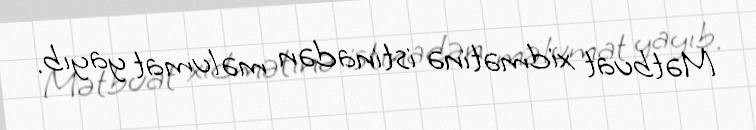
Mətbuat xidmətinə istinadən məlumat yayıb.